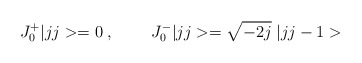
\begin{align*}J^+_0|jj>=0\; ,\;\;\;\;\;\;\;\; J^-_0|jj>=\sqrt{-2j}\;|jj-1>\end{align*}